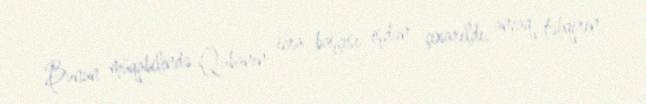
Bunun müqabilində Qubanın icra başçısı işdən çıxarıldı, ancaq təhqirin